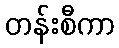
တန်းစီကာ